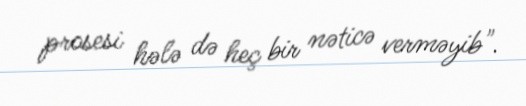
prosesi hələ də heç bir nəticə verməyib".